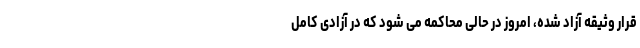
قرار وثیقه آزاد شده، امروز در حالی محاکمه می شود که در آزادی کامل